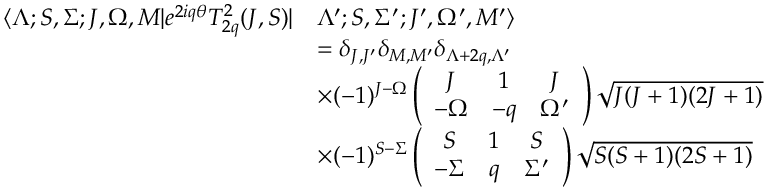
\begin{array} { r l } { \langle \Lambda ; S , \Sigma ; J , \Omega , M | e ^ { 2 i q \theta } T _ { 2 q } ^ { 2 } ( J , S ) | } & { \Lambda ^ { \prime } ; S , \Sigma ^ { \prime } ; J ^ { \prime } , \Omega ^ { \prime } , M ^ { \prime } \rangle } \\ & { = \delta _ { J , J ^ { \prime } } \delta _ { M , M ^ { \prime } } \delta _ { \Lambda + 2 q , \Lambda ^ { \prime } } } \\ & { \times ( - 1 ) ^ { J - \Omega } \left( \begin{array} { c c c } { J } & { 1 } & { J } \\ { - \Omega } & { - q } & { \Omega ^ { \prime } } \end{array} \right) \sqrt { J ( J + 1 ) ( 2 J + 1 ) } } \\ & { \times ( - 1 ) ^ { S - \Sigma } \left( \begin{array} { c c c } { S } & { 1 } & { S } \\ { - \Sigma } & { q } & { \Sigma ^ { \prime } } \end{array} \right) \sqrt { S ( S + 1 ) ( 2 S + 1 ) } } \end{array}